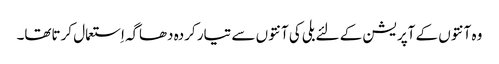
وہ آنتوں کے آپریشن کے لئے بلی کی آنتوں سے تیار کردہ دھاگہ اِستعمال کرتاتھا۔